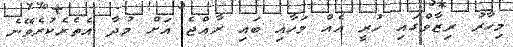
މިހާރު ރިޒާވްގައި ހުރީ އެއް މަހާއި ބައި ރާއްޖެ އަށް މުދާ އެތެރެކުރެވޭނެ